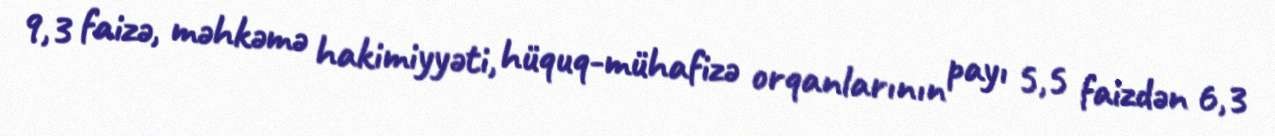
9,3 faizə, məhkəmə hakimiyyəti, hüquq-mühafizə orqanlarının payı 5,5 faizdən 6,3